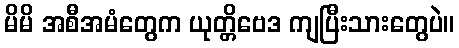
မိမိ အစီအမံတွေက ယုတ္တိဗေဒ ကျပြီးသားတွေပဲ။